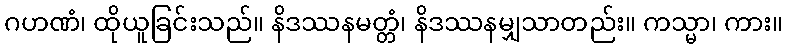
ဂဟဏံ၊ ထိုယူခြင်းသည်။ နိဒဿနမတ္တံ၊ နိဒဿနမျှသာတည်း။ ကသ္မာ၊ ကား။